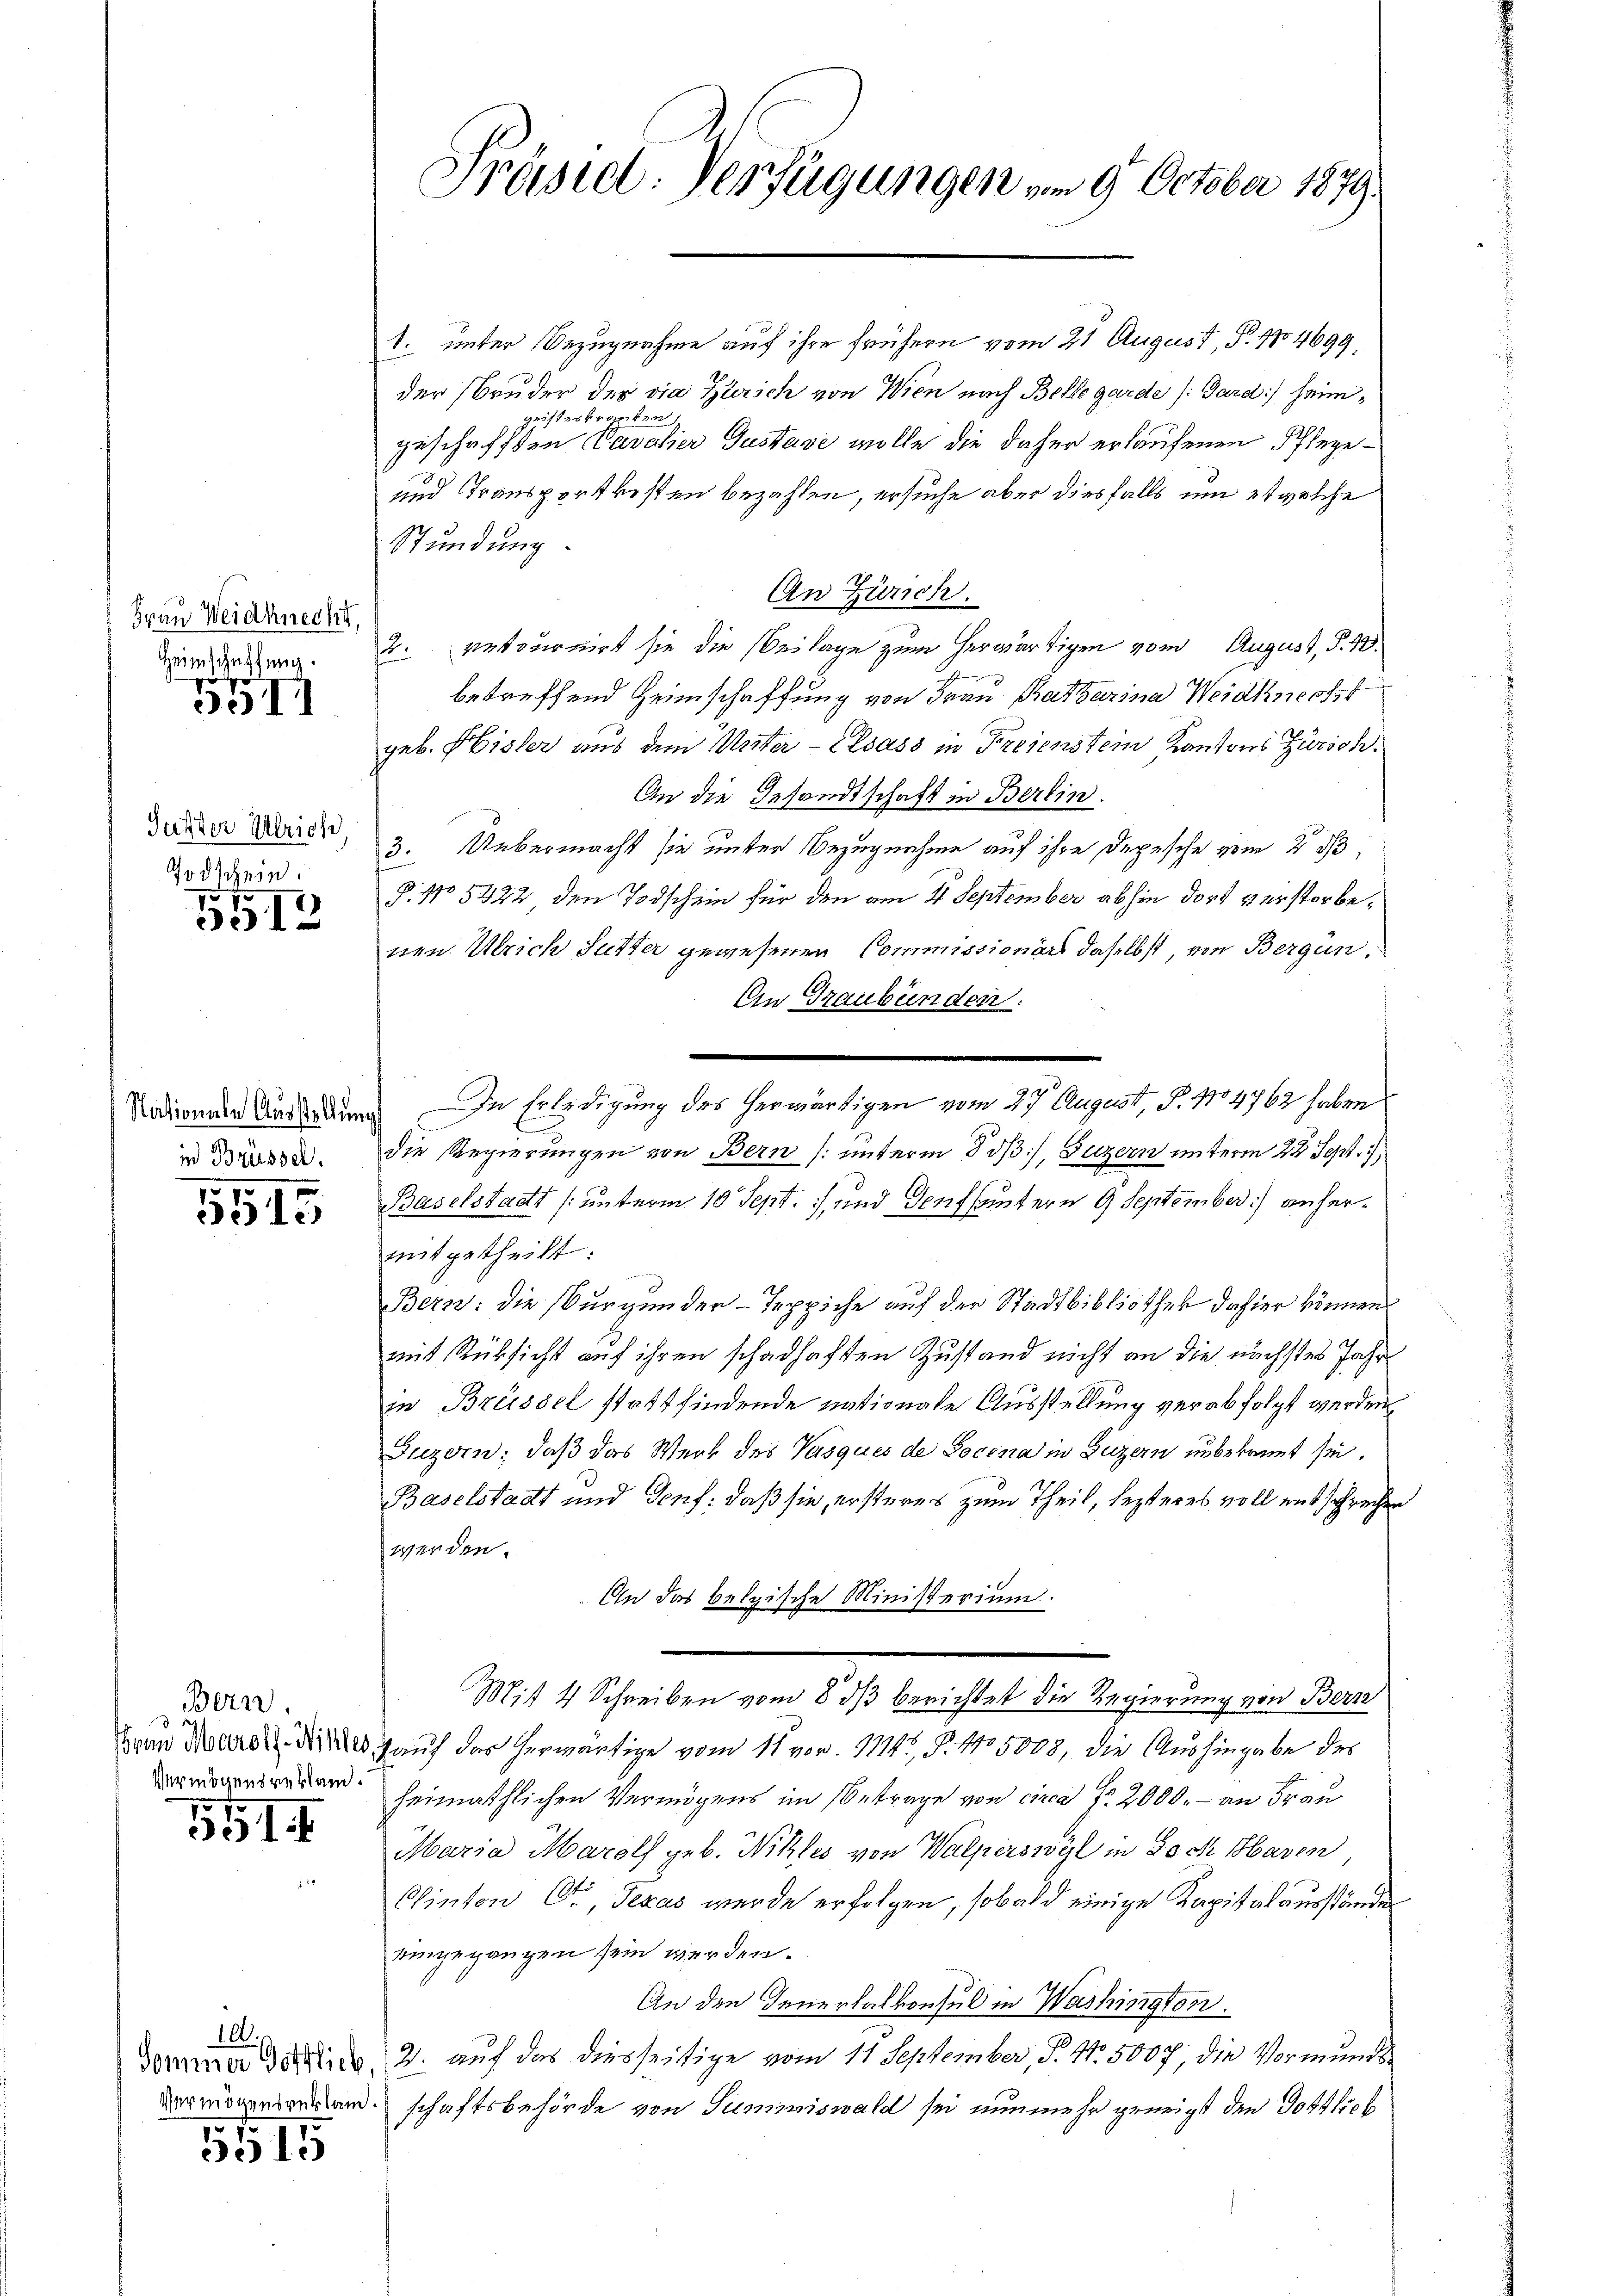
5511

Guster Ulrich
Todschein.

51
3512

Nationale Ausstellung
in Brüssel.

5515

Bern.
Frau Maroth-Wihles,
Vermögensresland.

551

100.
Sommer Gottlich,
Vermögensreklam.

5515

Frau Weidknecht,
Heimschaffung.

Präseel. Verfügungen vom 9. October 1879.

1. unter Bezugnahme auf ihre frühern vom 21 August, P. 154699,
der Bruder der die Zürich von Wien nach Belle garde (: Gard) heimgeisteskranken.
geschafften Cavalier Gustavi wolle die daher erlaufenen Pflege¬
und Transportkosten bezahlen, ersuche aber diesfalls um etwelche
Stundung.
An Zürich.
retournirt sie die Beilage zum herwärtigen vom August, d. M.
betreffend Heimschaffung von Frau Ratharina Weidknecht
geb. Eisler aus dem Mitter - Elsass in Freienstein Kantons Zürich
An die Gesandtschaft in Berlin.
3. Uebermacht sie unter Bezugnahme auf ihre Depesche vom 2 d
P. No 5422 den Todschein für den am 4 September abhin dort verstorbenen Ulrich Sutter gewesenen Commissionärs daselbst, von Bergan¬
An Graubünden:
die Regierungen von Bern (unterm 8. dβ, Puzern unterm 22 Sept. 1
Baselstadt (unterm 10 Sept. 1 und Genf sämtern 9 September) anhermitgetheilt:
Bern: die Burgunder Teppiche auf der Stadtbibliothek dahier können
mit Rüksicht auf ihren schadhaften Zustand nicht an die nächstes Jahr
in Brüssel stattfindende nationale Ausstellung verabfolgt werden.
Guzern; daß das Werk des Vasques de Socina in Luzern unbekannt sei.
Baselstadt und Genf: daß sie, ersteres zum Theil, lezteres voll entsprechen
werden.
An das belgische Ministerium.
Mit 4 Schreiben vom 8. ds berichtet die Regierung von Bern
auf das herwärtige vom 11 vor. 114, P. No 5008, die Aushingabe des
heimathlichen Vermögens im Betrage von circa fr 2000. – an Frau
Maria Marols geb. Willes von Walperswyl in Doch Haren
Clinton C., Texas werde erfolgen, sobald einige Kapitalausstände
bingegangen sein werden.
An den Generalkonsul in Washington.
2. auf das diesseitige vom 11. September, P. Nr. 5007, die Vormunds
schaftsbehörde von Summiswald sei nunmehr geneigt den Gottlob

12.

—
In Erledigung des herwärtigen vom 27. August, P. 1704762 haben